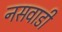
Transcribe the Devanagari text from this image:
नसवाडी